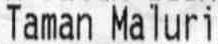
TAMAN MALURI